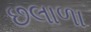
છલાળા